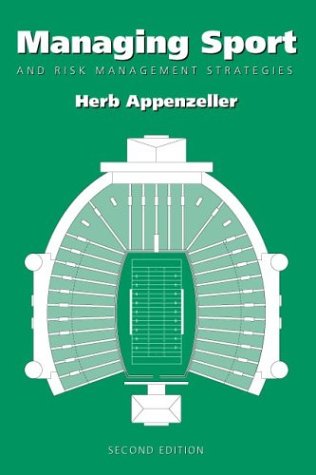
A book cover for Managing Sports and Risk Management Strategies; Herb Appenzeller; Law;